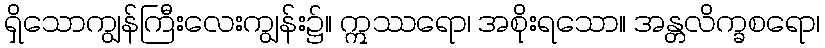
ရှိသောကျွန်ကြီးလေးကျွန်း၌။ ဣဿရော၊ အစိုးရသော။ အန္တလိက္ခစရော၊